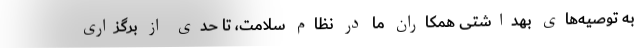
به توصیه‌های بهداشتی همکاران ما در نظام سلامت، تا حدی از برگزاری